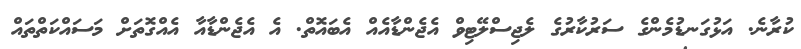
ކުރާނެ. އަޅުގަނޑުމެންގެ ސަރުކާރުގެ ލެޖިސްލޭޓިވް އެޖެންޑާއެއް އެބައޮތް. އެ އެޖެންޑާއާ އެއްގޮތަށް މަސައްކަތްތައް